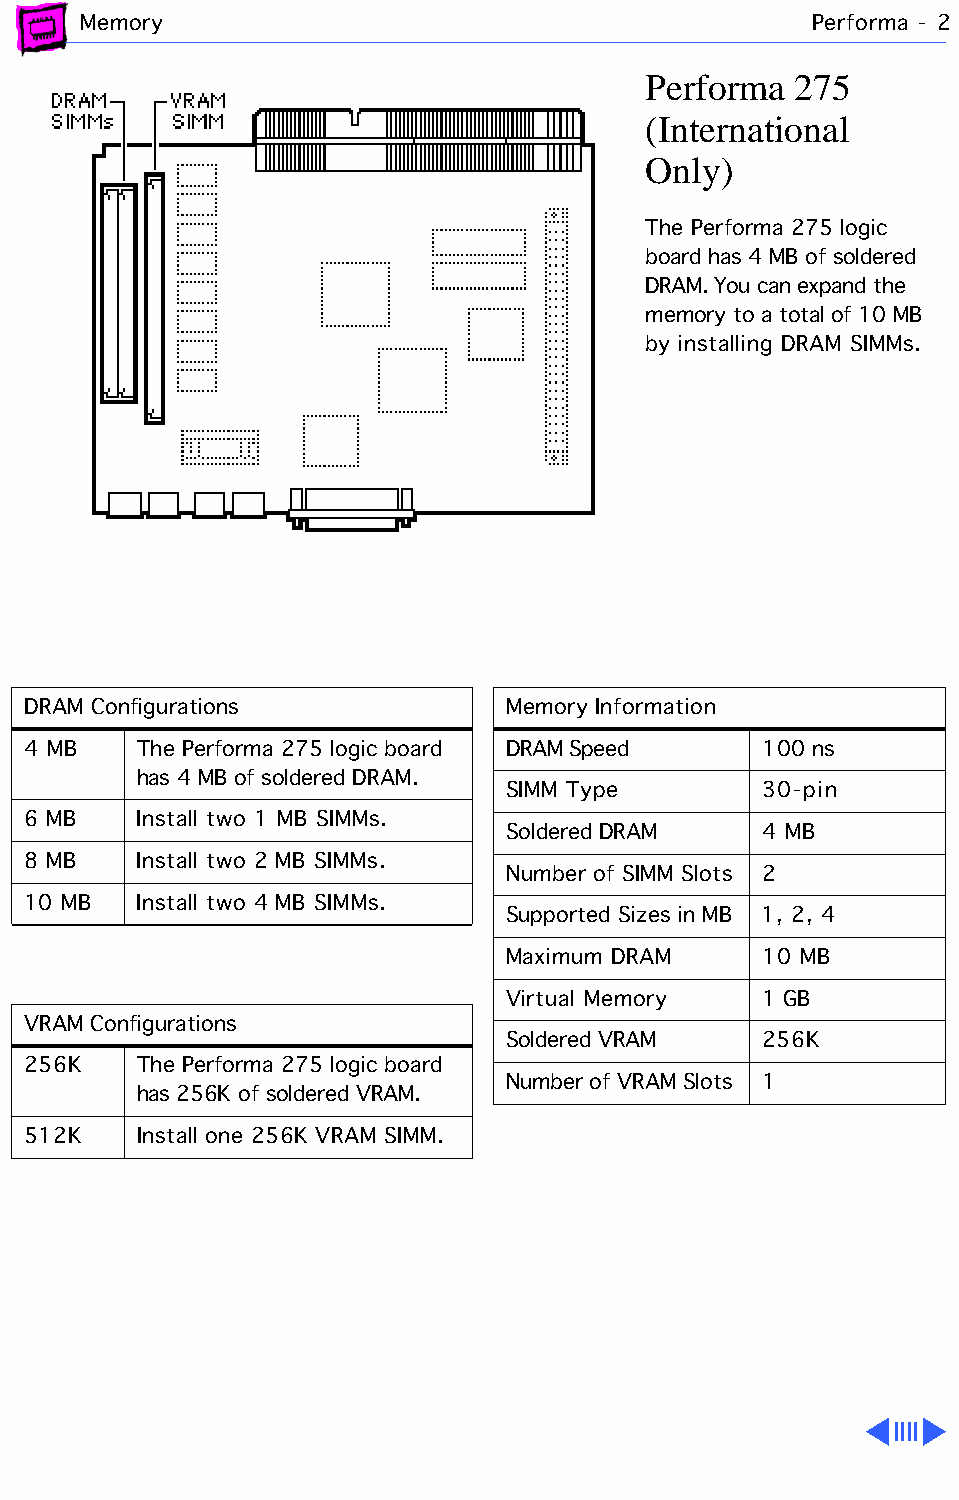
Memory                                          Performa - 2
 Performa  275
 (International
 Only)
 The Performa 275 logic
 board has 4 MB of soldered
 DRAM. You can expand the
 memory to a total of 10 MB
 by installing DRAM SIMMs.
 DRAM Configurations             Memory Information
 4 MB    The Performa 275 logic board DRAM Speed  100 ns
 has 4 MB of soldered DRAM.
 SIMM Type        30-pin
 6 MB    Install two 1 MB SIMMs.
 Soldered DRAM    4 MB
 8 MB    Install two 2 MB SIMMs.
 Number of SIMM Slots 2
 10 MB   Install two 4 MB SIMMs.
 Supported Sizes in MB 1, 2, 4
 Maximum DRAM     10 MB
 Virtual Memory   1 GB
 VRAM Configurations
 Soldered VRAM    256K
 256K    The Performa 275 logic board
 Number of VRAM Slots 1
 has 256K of soldered VRAM.
 512K    Install one 256K VRAM SIMM.